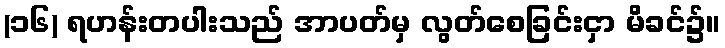
(၁၆) ရဟန်းတပါးသည် အာပတ်မှ လွတ်စေခြင်းငှာ မိခင်၌။